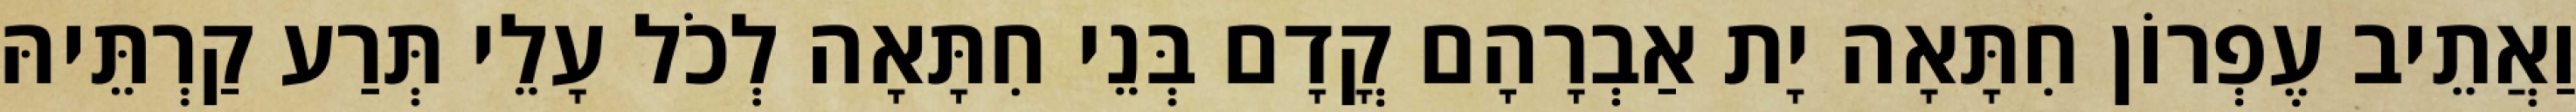
וַאֲתֵיב עֶפְרוֹן חִתָּאָה יָת אַבְרָהָם קֳדָם בְּנֵי חִתָּאָה לְכֹל עָלֵי תְּרַע קַרְתֵּיהּ